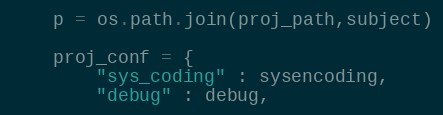
Language: Python
    p = os.path.join(proj_path,subject)

    proj_conf = {
        "sys_coding" : sysencoding,
        "debug" : debug,